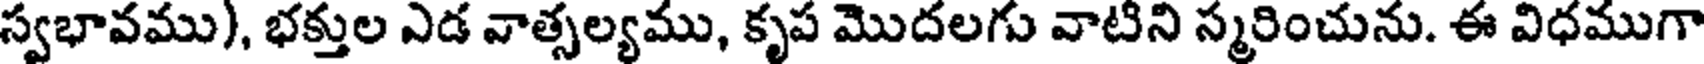
స్వభావము), భక్తుల ఎడ వాత్సల్యము, కృప మొదలగు వాటిని స్మరించును. ఈ విధముగా